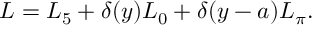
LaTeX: { \cal L } = { \cal L } _ { 5 } + \delta ( y ) { \cal L } _ { 0 } + \delta ( y - a ) { \cal L } _ { \pi } .